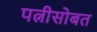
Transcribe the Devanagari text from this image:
पत्नीसोबत